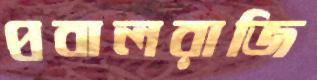
প্রবালরাজি